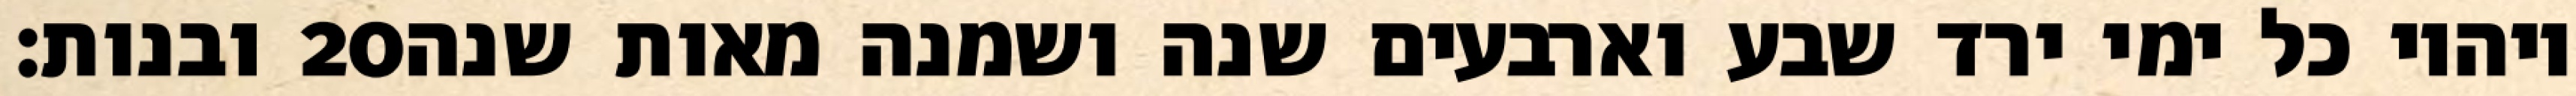
ובנות׃ ‎20‏ ויהיו כל ימי ירד שבע וארבעים שנה ושמנה מאות שנה